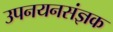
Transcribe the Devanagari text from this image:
उपनयनसंज्ञक